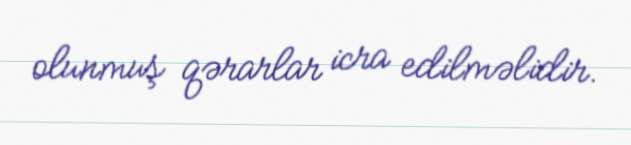
olunmuş qərarlar icra edilməlidir.